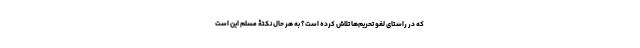
که در راستای لغو تحریم‌ها تلاش کرده است؟ به هر حال نکتۀ مسلم این است